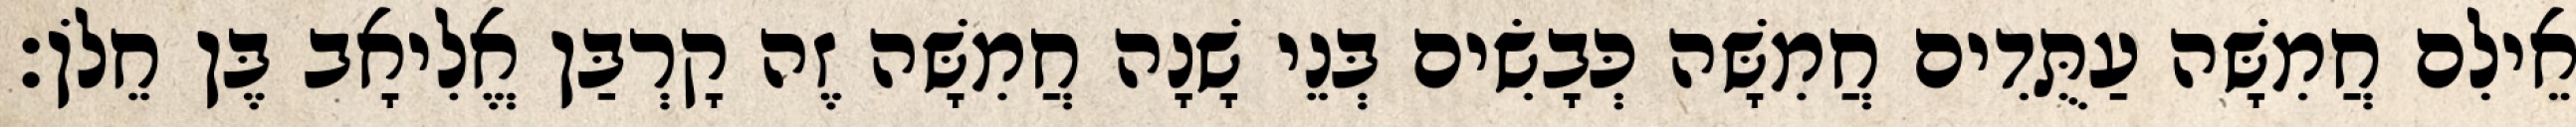
אֵילִם חֲמִשָּׁה עַתֻּדִים חֲמִשָּׁה כְּבָשִׂים בְּנֵי שָׁנָה חֲמִשָּׁה זֶה קָרְבַּן אֱלִיאָב בֶּן חֵלֹן׃